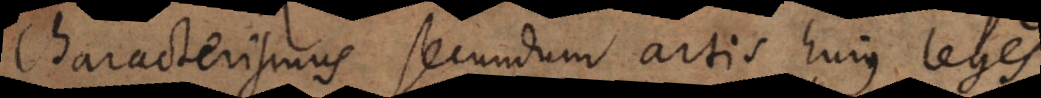
Characterismus secundum artis hujus leges